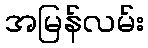
အမြန်လမ်း